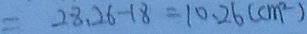
= 2 8 . 2 6 - 1 8 = 1 0 . 2 6 ( c m ^ { 2 } )